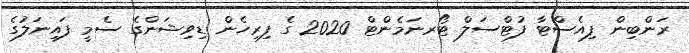
ރަންބިން ފިއެސްޓާ ފުޓްސަލް ޓޯރނަމެންޓް 2020 ގެ ފިރިހެން ޑިވިޝަންގެ ސެމީ ފައިނަލުގެ